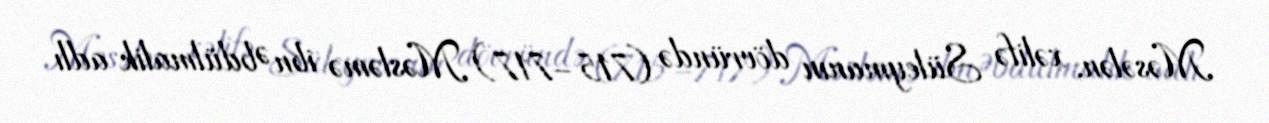
Məsələn, xəlifə Süleymanın dövründə (715–717) Məsləmə ibn Əbdülmalik adlı